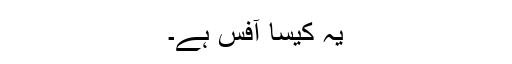
یہ کیسا آفس ہے۔